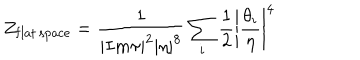
LaTeX: Z _ { \mathrm { f l a t \, s p a c e } } = { \frac { 1 } { | I m \tau | ^ { 2 } | \eta | ^ { 8 } } } \sum _ { i } { \frac { 1 } { 2 } } \left| { \frac { \theta _ { i } } { \eta } } \right| ^ { 4 }